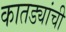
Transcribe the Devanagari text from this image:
कातड्यांची